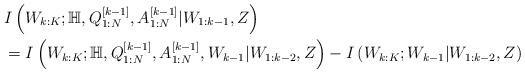
LaTeX: \begin{align*}&I\left(W_{k:K}; \mathbb{H}, Q_{1:N}^{[k-1]}, A_{1:N}^{[k-1]} |W_{1:k-1}, Z \right) \\&= I\left(W_{k:K}; \mathbb{H}, Q_{1:N}^{[k-1]}, A_{1:N}^{[k-1]}, W_{k-1} |W_{1:k-2}, Z \right) - I \left(W_{k:K}; W_{k-1}|W_{1:k-2}, Z \right) \end{align*}